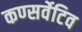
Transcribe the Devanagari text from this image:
कण्सर्वेटिव